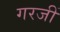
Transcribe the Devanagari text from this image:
गरजीं